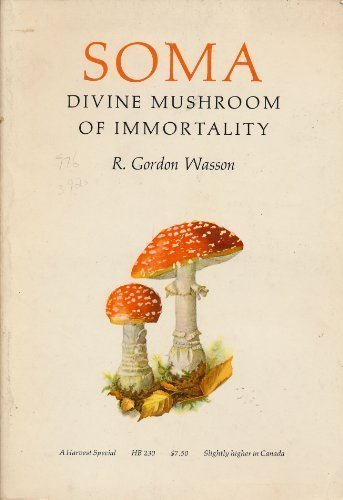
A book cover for Soma: Divine Mushroom of Immortality, (Ethno-Mycological Studies); R. Gordon Wasson; Literature & Fiction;